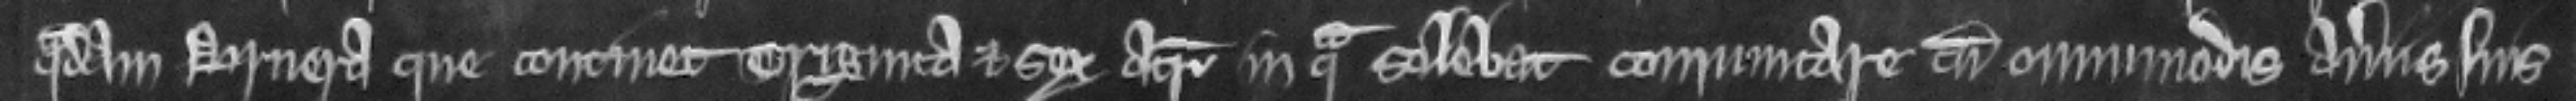
quadam bruera que continet triginta et sex acras in qua solebat communicare cum omnimodis averiis suis